Medical and sanitary report of the native army of Bengal for the year
Year: 1874
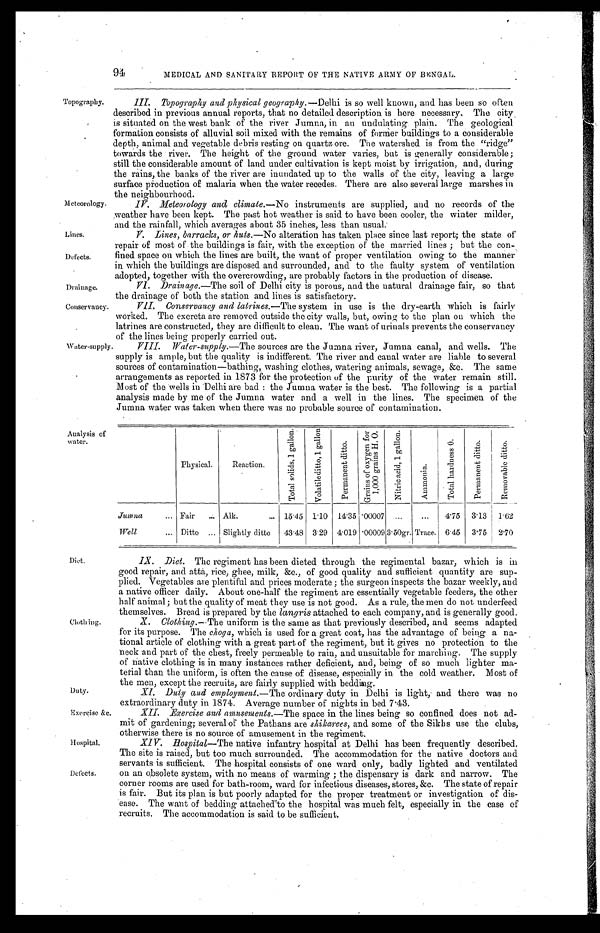
Drainage.
Conservancy.
94
MEDICAL AND SANITARY REPORT OF THE NATIVE ARMY OF B
ENGAL.
Topography.
Meteorology.
III. Topography and physical geography .—Delhi is so well known, and has been so often
described in previous annual reports, that no detailed description is here necessary. The city
is situated on the west bank of the river Jumna, in an undulating. plain. The geological
formation consists of alluvial soil mixed with the remains of former buildings to a considerable
depth, animal and vegetable debris resting on quartz ore. The watershed is from the "ridge"
towards the river. The height of the ground water varies, but is generally considerable;
still the considerable amount of land under cultivation is kept moist by irrigation, and, during
the rains, the banks of the river are inundated up to the walls of the city, leaving a large
surface production of malaria when the water recedes. There are also several large marshes in
the neighbourhood.
IV. Meteorology and climate .—No instruments are supplied, and no records of the
weather have been kept. The past hot weather is said to have been cooler, the winter milder,
and the rainfall, which averages about 35 inches, less than usual.
Lines.
Defects.
V. Lines, barracks, or huts .—No alteration has taken place since last report; the state of
repair of most of the buildings is fair, with the exception of the married lines; but the con-
fined space on which the lines are built, the want of proper ventilation owing to the manner
in which the buildings are disposed and surrounded, and to the faulty system of ventilation
adopted, together with the overcrowding, are probably factors in the production of disease.
VI. Drainage .—The soil of Delhi city is porous, and the natural drainage fair, so that
the drainage of both the station and lines is satisfactory.
VII. Conservancy and latrines .—The system in use is the dry-earth which is fairly
worked. The excreta are removed outside the city walls, but, owing to the plan on which the
latrines are constructed, they are difficult to clean. The want of urinals prevents the conservancy
of the lines being properly carried out.
Water-supply.
Analysis of
water.
Diet.
Clothing.
Duty.
Exercise &c.
VIII, Water-supply .—The sources are the Jumna river, Jumna canal, and wells. The
supply is ample, but the quality is indifferent. The river and canal water are liable to several
sources of contamination—bathing, washing clothes, watering animals, sewage, &c. The same
arrangements as reported in 1873 for the protection of the purity of the water remain still.
Most of the wells in 'Delhi are bad: the Jumna water is the best. The following is a partial
analysis made by me of' the Jumna water and a well in the lines. The specimen of the
Jumna water was taken when there was no probable source of contamination.
Physical.
Reaction.
T o t a l s o l i d s , 1 g a l l o n .
V o l a t i l e d i t t o , 1 g a l l o n .
P e r m a n e n t d i t t o .
G r a i n s o f o x y g e n f o r 1 , 0 0 0 g r a i n s H . O .
N i t r i c a c i d , 1 g a l l o n .
A m m o n i a .
T o t a l h a r d n e s s 0 .
P e r m a n e n t d i t t o .
R e m o v a b l e d i t t o .
Jumna . . . Fair. . . Alk. . . .
15.45 1.10 14.35 .00007
. . .
. . .
4.75
3.13
1.62
Well . . . Ditto . . . Slightly ditto
43.48 3.29 4.019 .00009
3 . 5 0 g r . Trace. 6.45
3.75
2.70
IX. Diet. The regiment has been dieted through the regimental bazar, which is in
good repair, and atta, rice, ghee, milk, &c., of good quality and sufficient quantity are sup
-
plied. Vegetables are plentiful and prices moderate; the surgeon inspects the bazar weekly, and
a native officer daily. About one-half the regiment are essentially vegetable feeders, the other
half animal; but the quality of meat they use is not good. As a rule, the men do not underfeed
themselves. Bread is prepared by the langris attached to each company, and is generally good.
X. Clothing .—The uniform is the same as that previously described, and seems adapted
for its purpose. The choga, which is used for a great coat, has the advantage of' being a na
-
tional article of clothing with a great part of the regiment, but it gives no protection to the
neck and part of the chest, freely permeable to rain, and unsuitable for marching. The supply
of native clothing is in many instances rather deficient, and, being of so much lighter ma
-
terial than the uniform, is often the cause of disease, especially in the cold weather. Most of
the men, except the recruits, are fairly supplied with bedding.
XI. Duty and employment .—The ordinary duty in Delhi is light, and there was no
extraordinary duty in 1874. Average number of nights in bed 7.43.
XII. Exercise and amusements .—The space in the lines being so confined does not ad
-
mit of gardening; several of the Pathans are shikarees, and some of the Sikhs use the clubs,
otherwise there is no source of amusement in the regiment.
Hospital.
Defects.
XIV. Hospital—The native infantry hospital at Delhi has been frequently described.
The site is raised, but too much surrounded. The accommodation for the native doctors and
servants is sufficient. The hospital consists of one ward only, badly lighted and ventilated
on an obsolete system, with no means of warming; the dispensary is dark and narrow. The
corner rooms are used for bath-room, ward for infectious diseases, stores, &c. The state of repair
is fair. But its plan is but poorly adapted for the proper treatment or investigation of dis-
ease. The want of bedding a attached to the hospital was much felt, especially in the case of
recruits. The accommodation is said to be sufficient.